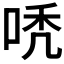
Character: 𠳶